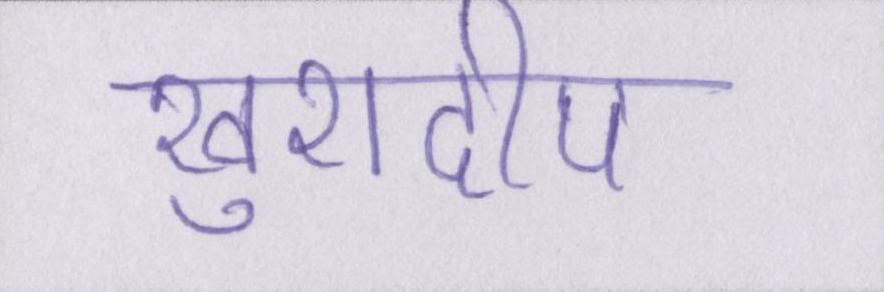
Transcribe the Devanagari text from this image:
खुशदीप